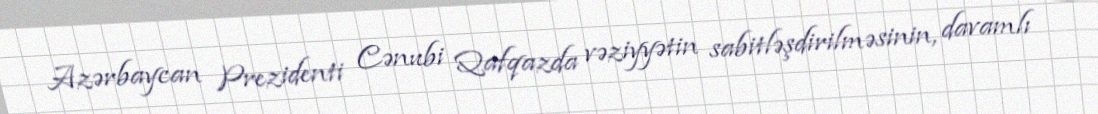
Azərbaycan Prezidenti Cənubi Qafqazda vəziyyətin sabitləşdirilməsinin, davamlı